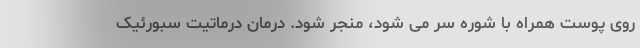
روی پوست همراه با شوره سر می شود، منجر شود. درمان درماتیت سبورئیک